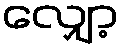
လျှော့